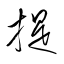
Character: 提